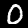
Digit: 0